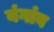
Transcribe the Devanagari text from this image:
बंगांव